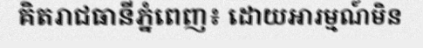
គិតរាជធានីភ្នំពេញ៖ ដោយអារម្មណ៍មិន